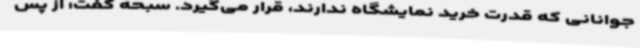
جوانانی که قدرت خرید نمایشگاه ندارند، قرار می‌گیرد. سبحه گفت: از پس